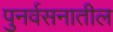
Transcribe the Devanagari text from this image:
पुनर्वसनातील